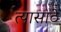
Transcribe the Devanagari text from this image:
त्यासाठे